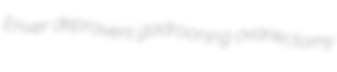
Enver depravers gadrooning ovariectomy